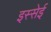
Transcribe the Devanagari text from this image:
इस्सेई